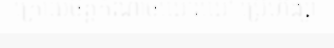
ក្រោយចិត្តកំណាចឃោរឃៅ ប្រើហិង្សា